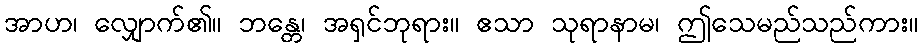
အာဟ၊ လျှောက်၏။ ဘန္တေ၊ အရှင်ဘုရား။ ဧသာ သုရာနာမ၊ ဤသေမည်သည်ကား။